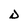
Character: D